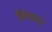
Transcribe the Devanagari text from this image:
चियांतर